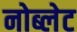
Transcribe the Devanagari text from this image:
नोब्लेट